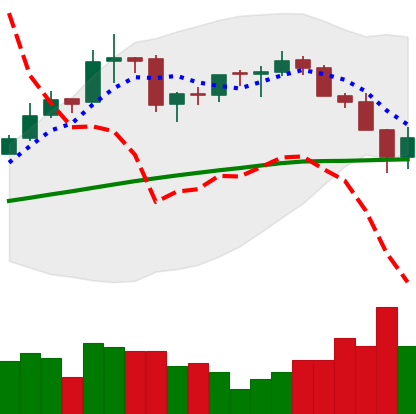
Ticker: BTC-USD
Chart end date: 2016-03-06
Forward return: 3.43%
Label: up_3_5